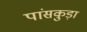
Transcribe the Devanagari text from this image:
पांसकुड़ा